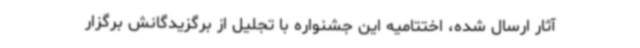
آثار ارسال شده، اختتامیه این جشنواره با تجلیل از برگزیدگانش برگزار